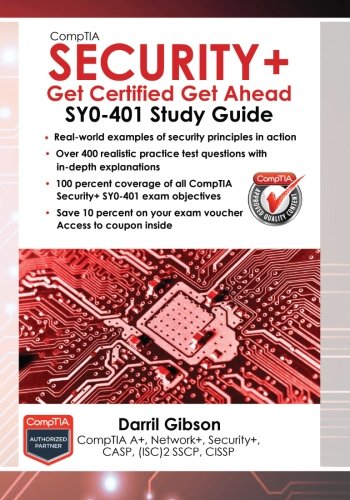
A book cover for CompTIA Security+: Get Certified Get Ahead: SY0-401 Study Guide; Darril Gibson; Computers & Technology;